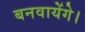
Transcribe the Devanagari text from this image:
बनवायेंगे।